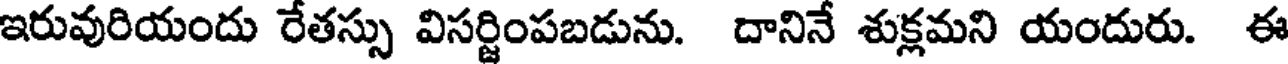
ఇరువురియందు రేతస్సు విసర్జింపబడును. దానినే శుక్లమని యందురు. ఈ